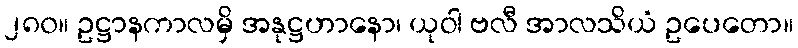
၂၈၀။ ဥဋ္ဌာနကာလမှိ အနုဋ္ဌဟာနော၊ ယုဝါ ဗလီ အာလသိယံ ဥပေတော။